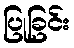
ပြုခြင်း